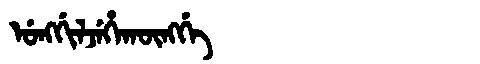
Manchu: ᡠᠩᡤᡳᠯᠵᡝᡥᠠᡴᡡᠩᡤᡝ
Romanization: UNGGILJEHAKŪNGGE